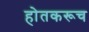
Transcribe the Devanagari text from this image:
होतकरूच